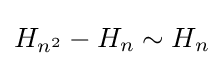
H_{n^{2}}-H_{n}\sim H_{n}